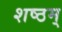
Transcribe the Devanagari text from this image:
शष्ठम्